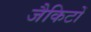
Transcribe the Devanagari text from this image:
जैकिटों